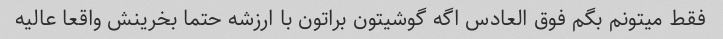
فقط میتونم بگم فوق العادس اگه گوشیتون براتون با ارزشه حتما بخرینش واقعا عالیه